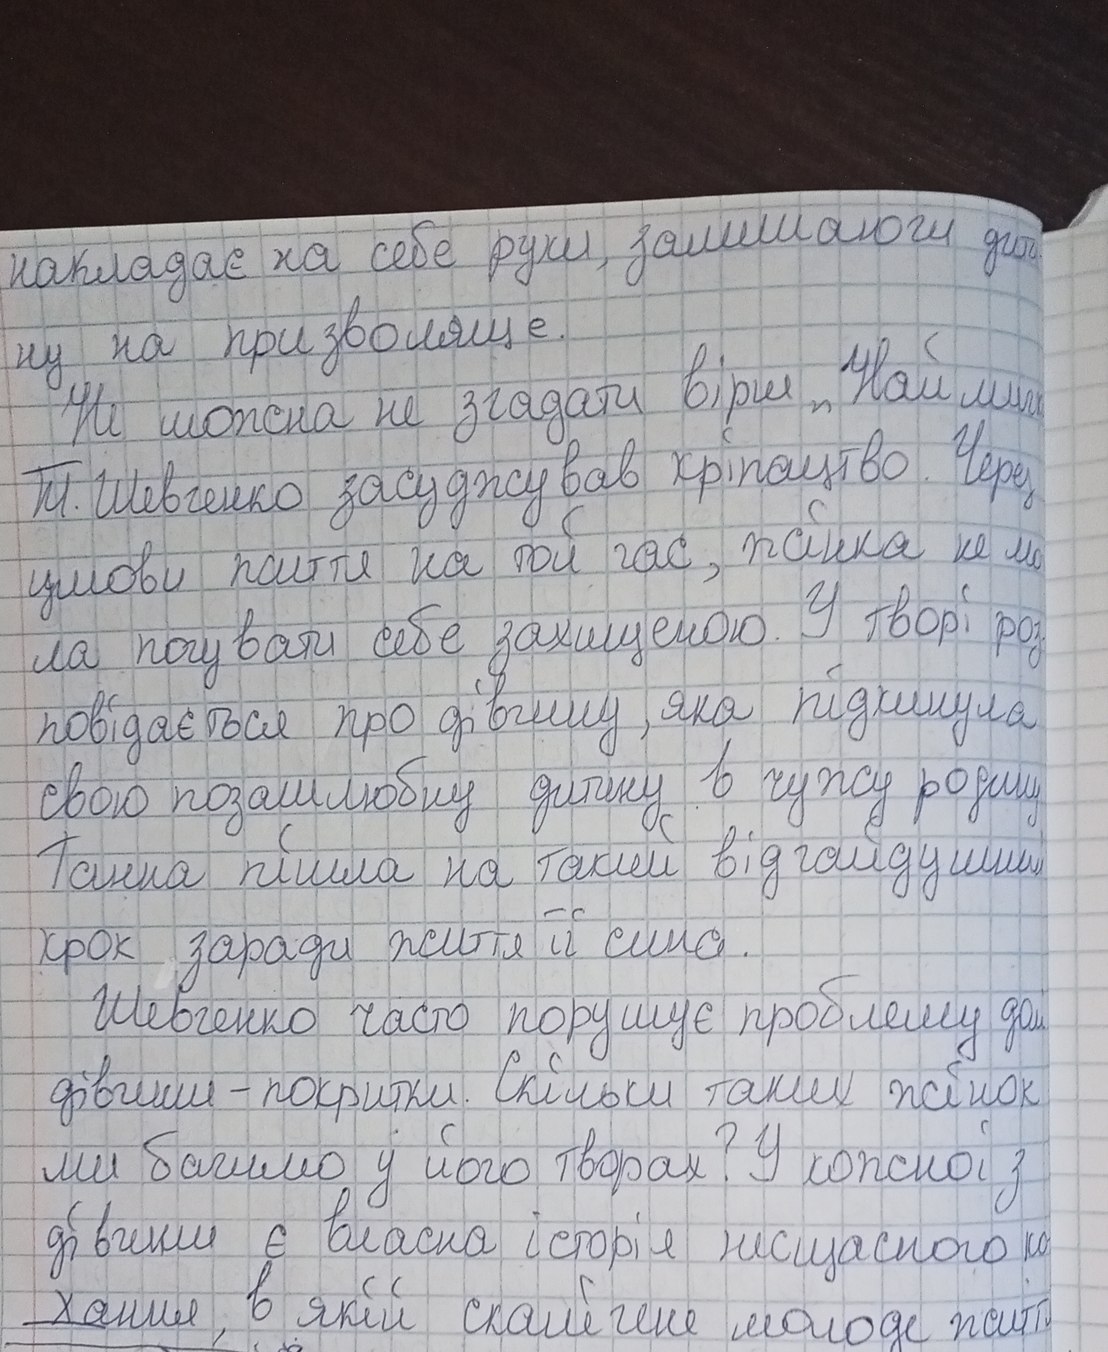
накладає на себе руки, залишаючи дити
ну на призволяще.
Не можна не згадати вірш "Наймичка"
Т. Шевченко засуджував кріпацтво. Через
умови життя на той час, жінка не мо
ла почувати себе захищеною. У творі роз
повідається про дівчину, яка підкинула
свою позашлюбну дитину в чужу родину
Ганна пішла на такий відчайдушний
крок заради життя її сина.
Шевченко часто порушує проблему долі
дівчини - покритки. Скільки таких жінок
ми бачимо у його творах? У кожної з
дівчини є власна історія нещасного ко
хання,в якій скалічене молоде життя